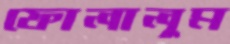
ফোলালুম